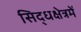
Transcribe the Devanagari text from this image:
सिद्धक्षेत्रमें